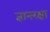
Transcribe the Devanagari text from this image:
ज्ञानरक्षा